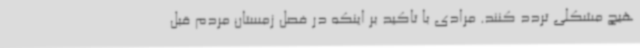
هیچ مشکلی تردد کنند. مرادی با تاکید بر اینکه در فصل زمستان مردم قبل